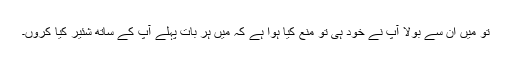
تو میں ان سے بولا آپ نے خود ہی تو منع کیا ہوا ہے کہ میں ہر بات پہلے آپ کے ساتھ شئیر کیا کروں۔